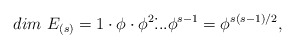
\begin{align*}dim~E_{(s)} =1\cdot\phi\cdot\phi^2\dot...\phi^{s-1} = \phi^{s(s-1)/2},\end{align*}